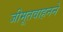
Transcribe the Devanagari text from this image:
जीमूतवाहनने